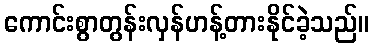
ကောင်းစွာတွန်းလှန်ဟန့်တားနိုင်ခဲ့သည်။